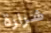
شرارة